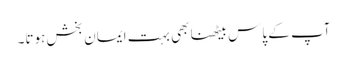
آپ کے پاس بیٹھنا بھی بہت ایمان بخش ہوتا۔